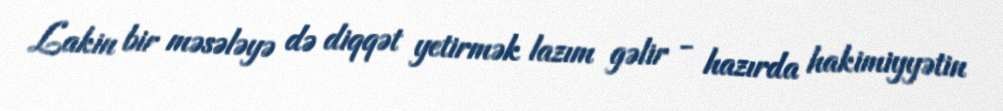
Lakin bir məsələyə də diqqət yetirmək lazım gəlir - hazırda hakimiyyətin